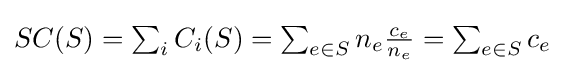
\textstyle SC(S)=\sum _{i}C_{i}(S)=\sum _{e\in S}n_{e}{\frac {c_{e}}{n_{e}}}=\sum _{e\in S}c_{e}